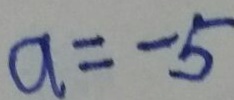
a = - 5